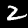
Label: 2